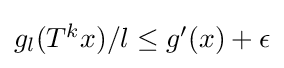
{\textstyle g_{l}(T^{k}x)/l\leq g'(x)+\epsilon }